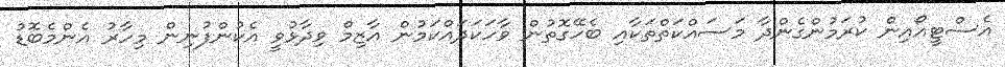
އެސްޓީއޯއިން ކުރަމުންގެންދާ މަސައްކަތްތަކާއި ބެހޭގޮތުން ވާހަކަދައްކަމުން އާޒިމް ވިދާޅުވީ އެކުންފުނިން މިހާރު އެންމެބޮޑު